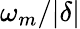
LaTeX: \omega_{m}/|\delta|